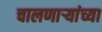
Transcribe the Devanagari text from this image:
चालणार्‍यांच्या